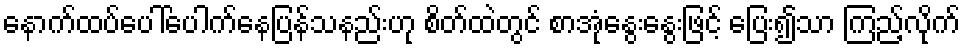
နောက်ထပ်ပေါ်ပေါက်နေပြန်သနည်းဟု စိတ်ထဲတွင် စာအုံနွေးနွေးဖြင့် ပြေး၍သာ ကြည့်လိုက်